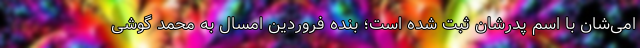
امی‌شان با اسم پدرشان ثبت شده است؛ بنده فروردین امسال به محمد گوشی